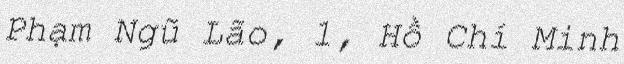
Phạm Ngũ Lão, 1, Hồ Chí Minh